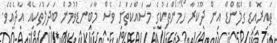
ތައިރޮއިޑް ގްލޭންޑް އިން ދޫކުރާ ހޯމޯންތަކުގެ މަސައްކަތަށް ވެސް މާބަނޑުވުމުން ބަދަލުތަކެއް އާދެއެވެ.